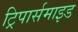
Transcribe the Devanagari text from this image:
ट्रिपार्समाइड